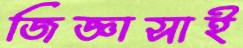
জিজ্ঞাসাই